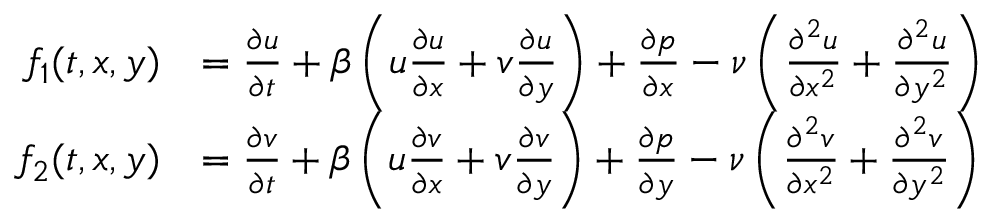
\begin{array} { r l } { f _ { 1 } ( t , x , y ) } & { = \frac { \partial u } { \partial t } + \beta \left( u \frac { \partial u } { \partial x } + v \frac { \partial u } { \partial y } \right) + \frac { \partial p } { \partial x } - \nu \left( \frac { \partial ^ { 2 } u } { \partial x ^ { 2 } } + \frac { \partial ^ { 2 } u } { \partial y ^ { 2 } } \right) } \\ { f _ { 2 } ( t , x , y ) } & { = \frac { \partial v } { \partial t } + \beta \left( u \frac { \partial v } { \partial x } + v \frac { \partial v } { \partial y } \right) + \frac { \partial p } { \partial y } - \nu \left( \frac { \partial ^ { 2 } v } { \partial x ^ { 2 } } + \frac { \partial ^ { 2 } v } { \partial y ^ { 2 } } \right) } \end{array}